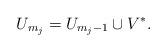
LaTeX: \begin{align*}U_{m_j}=U_{m_j-1}\cup V^*.\end{align*}